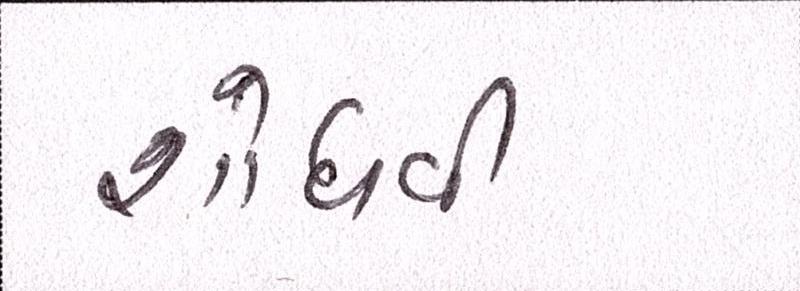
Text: શોધવી